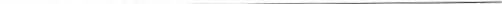
___